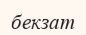
бекзат